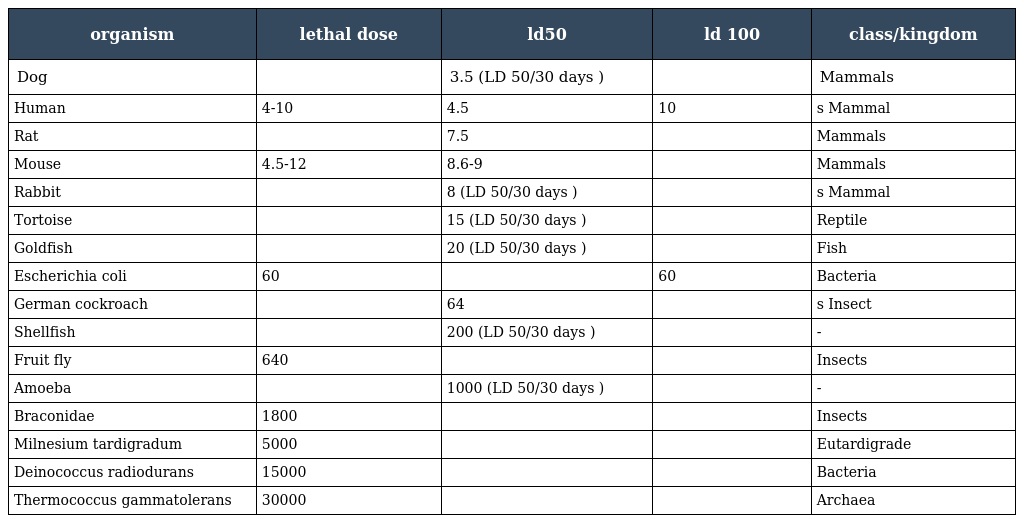
| organism | lethal dose | ld50 | ld 100 | class/kingdom |
 | --- | --- | --- | --- | --- |
 | Dog |  | 3.5 (LD 50/30 days ) |  | Mammals |
 | Human | 4-10 | 4.5 | 10 | s Mammal |
 | Rat |  | 7.5 |  | Mammals |
 | Mouse | 4.5-12 | 8.6-9 |  | Mammals |
 | Rabbit |  | 8 (LD 50/30 days ) |  | s Mammal |
 | Tortoise |  | 15 (LD 50/30 days ) |  | Reptile |
 | Goldfish |  | 20 (LD 50/30 days ) |  | Fish |
 | Escherichia coli | 60 |  | 60 | Bacteria |
 | German cockroach |  | 64 |  | s Insect |
 | Shellfish |  | 200 (LD 50/30 days ) |  | - |
 | Fruit fly | 640 |  |  | Insects |
 | Amoeba |  | 1000 (LD 50/30 days ) |  | - |
 | Braconidae | 1800 |  |  | Insects |
 | Milnesium tardigradum | 5000 |  |  | Eutardigrade |
 | Deinococcus radiodurans | 15000 |  |  | Bacteria |
 | Thermococcus gammatolerans | 30000 |  |  | Archaea |